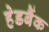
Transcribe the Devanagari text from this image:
हेडबैंक